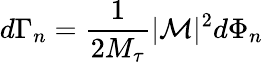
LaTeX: d\Gamma_{n}=\frac{1}{2M_{\tau}}|{\cal M}|^{2}d\Phi_{n}